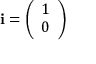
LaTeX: \mathbf { i } = { \left( \begin{array} { l } { 1 } \\ { 0 } \end{array} \right) }